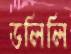
ডলিলি